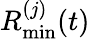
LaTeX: R_{\mathrm{min}}^{(j)}(t)